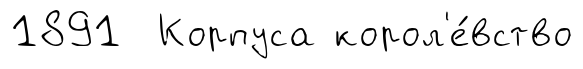
1891 Корпуса корол'е́вство